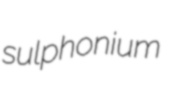
sulphonium